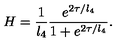
H = \frac { 1 } { l _ { 4 } } \frac { e ^ { 2 \tau / l _ { 4 } } } { 1 + e ^ { 2 \tau / l _ { 4 } } } .